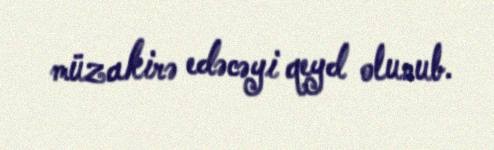
müzakirə edəcəyi qeyd olunub.